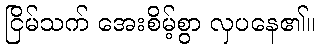
ငြိမ်သက် အေးစိမ့်စွာ လှပနေ၏။